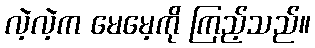
လဲ့လဲ့က မေမေ့ကို ကြည့်သည်။